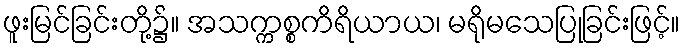
ဖူးမြင်ခြင်းတို့၌။ အသက္ကစ္စကိရိယာယ၊ မရိုမသေပြုခြင်းဖြင့်။